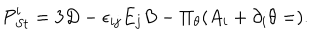
LaTeX: { \cal P } _ { S t } ^ { i } = 3 D - \epsilon _ { i j } E _ { j } B - \Pi _ { \theta } ( A _ { i } + \partial _ { i } \theta = ) .